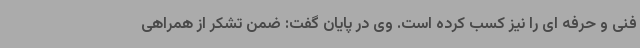
فنی و حرفه ای را نیز کسب کرده است. وی در پایان گفت: ضمن تشکر از همراهی